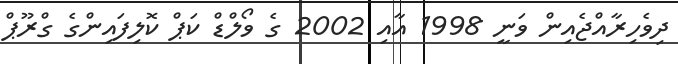
ދިވެހިރާއްޖެއިން ވަނީ 1998 އާއި 2002 ގެ ވޯލްޑް ކަޕް ކޮލިފައިންގެ ގްރޫޕް